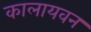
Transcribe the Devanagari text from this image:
कालायवन